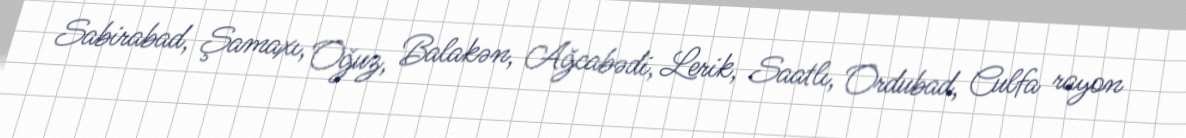
Sabirabad, Şamaxı, Oğuz, Balakən, Ağcabədi, Lerik, Saatlı, Ordubad, Culfa rayon